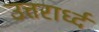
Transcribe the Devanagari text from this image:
उत्तरार्ध्द